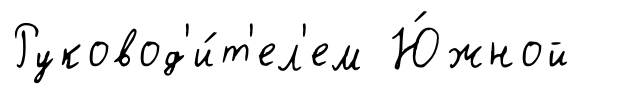
Руковод'и́т'ел'ем Ю́жной